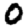
Digit: 0